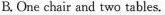
B.One chair and two tables.